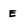
Character: E